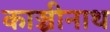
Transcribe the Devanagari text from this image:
काञ्चीनाथ